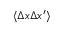
\langle \Delta x \Delta x ^ { \prime } \rangle